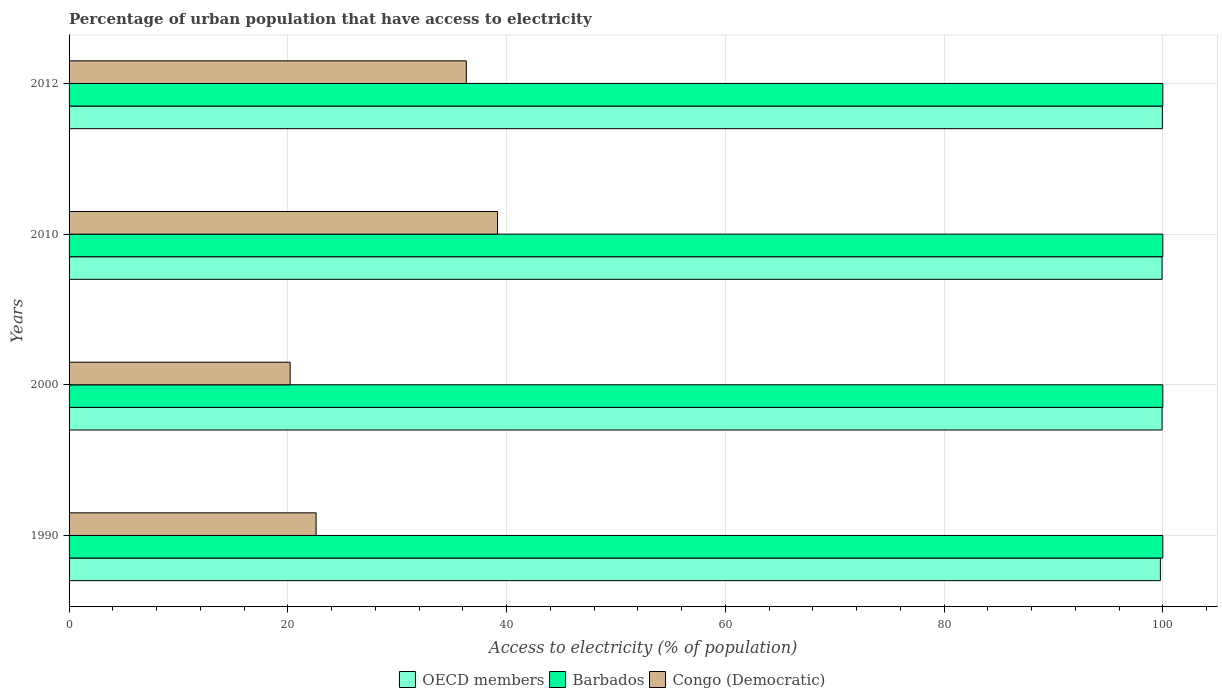
| Years | OECD members | Barbados | Congo (Democratic) |
 | --- | --- | --- | --- |
 | 1990 | 99.8 | 100 | 22.6 |
 | 2000 | 99.9 | 100 | 20.2 |
 | 2010 | 99.9 | 100 | 39.2 |
 | 2012 | 100 | 100 | 36.3 |